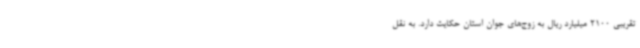
تقریبی 2100 میلیارد ریال به زوج‌های جوان استان حکایت دارد. به نقل